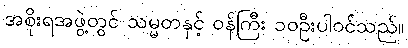
အစိုးရအဖွဲ့တွင် သမ္မတနှင့် ဝန်ကြီး ၁၀ဦးပါဝင်သည်။